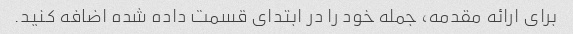
برای ارائه مقدمه، جمله خود را در ابتدای قسمت داده شده اضافه کنید.